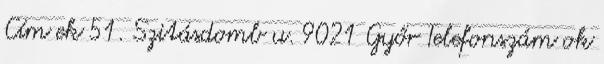
Cím ek 51. Szitásdomb u. 9021 Győr Telefonszám ok